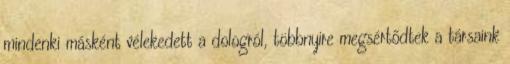
mindenki másként vélekedett a dologról, többnyire megsértődtek a társaink